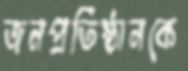
জনপ্রতিষ্ঠানকে